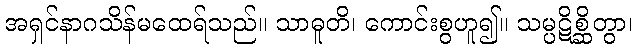
အရှင်နာဂသိန်မထေရ်သည်။ သာဓူတိ၊ ကောင်းစွဟူ၍။ သမ္ပဋိစ္ဆိတွာ၊